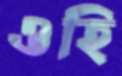
ওহি